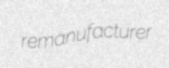
remanufacturer